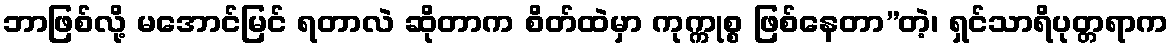
ဘာဖြစ်လို့ မအောင်မြင် ရတာလဲ ဆိုတာက စိတ်ထဲမှာ ကုက္ကုစ္စ ဖြစ်နေတာ”တဲ့၊ ရှင်သာရိပုတ္တရာက